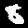
Digit: 8